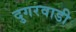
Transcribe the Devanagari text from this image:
दुगरवाडी